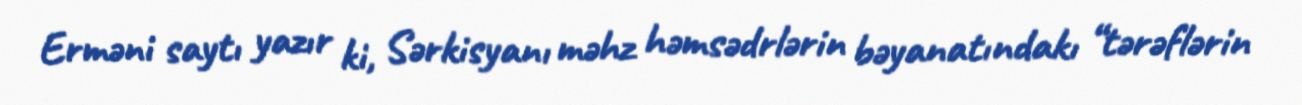
Erməni saytı yazır ki, Sərkisyanı məhz həmsədrlərin bəyanatındakı “tərəflərin